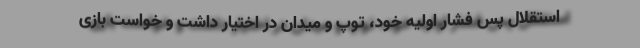
استقلال پس فشار اولیه خود، توپ و میدان در اختیار داشت و خواست بازی